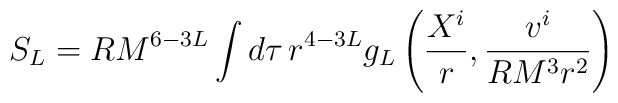
S_L = RM^{6-3L} \int d\tau\, r^{4-3L}g_L\left( \frac{X^i}{r}, \frac{v^i}{R M^3 r^2}\right)